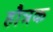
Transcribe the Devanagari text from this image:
हौत्रक